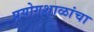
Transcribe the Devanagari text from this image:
प्रयोगशाळांचा